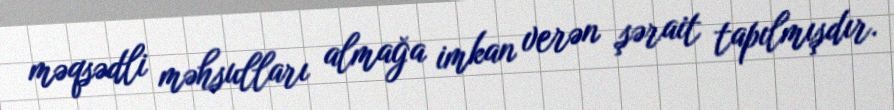
məqsədli məhsulları almağa imkan verən şərait tapılmışdır.